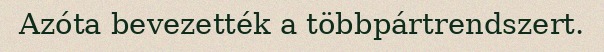
Azóta bevezették a többpártrendszert.